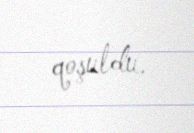
qoşuldu.